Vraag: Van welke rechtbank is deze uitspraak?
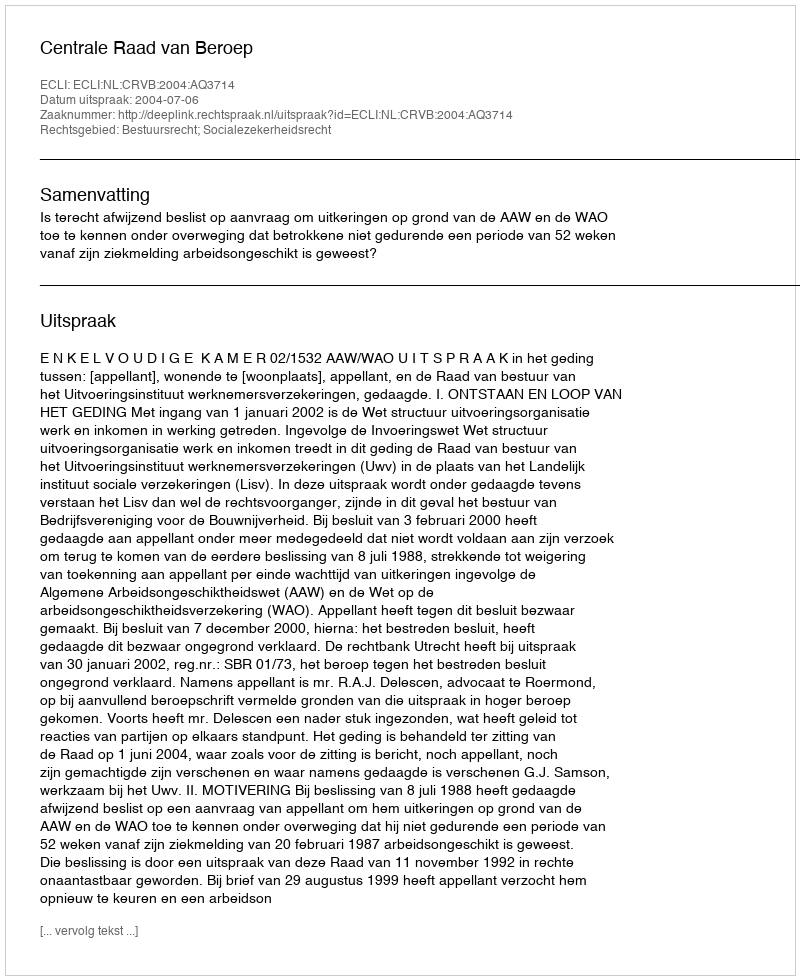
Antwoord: Centrale Raad van Beroep